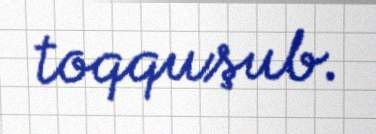
toqquşub.